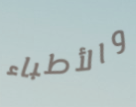
والأطباء